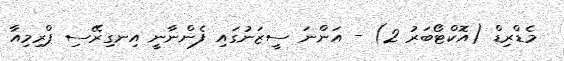
މެޑްރިޑް (އޮކްޓޯބަރު 2) - އަންނަ ސީޒަނުގައި ފެންނާނީ އިނގިރޭސި ޕްރިމިއާ